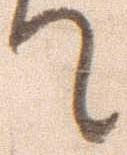
て